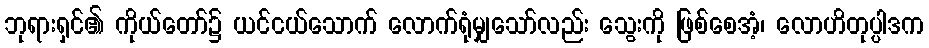
ဘုရားရှင်၏ ကိုယ်တော်၌ ယင်ငယ်သောက် လောက်ရုံမျှသော်လည်း သွေးကို ဖြစ်စေအံ့၊ လောဟိတုပ္ပါဒက